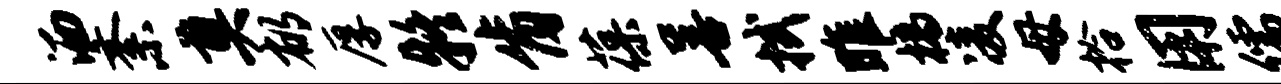
洒紊奠郁厚疑肯葆善拭雎槁凌母拾用儒